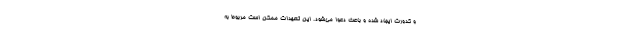
و کدورت ایجاد شده و باعث دعوا می‌شود. این تعهدات ممکن است مربوط به